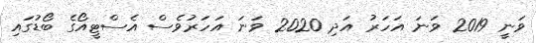
ވަނީ 2019 ވަނަ އަހަރު އަދި 2020 ވަނަ އަހަރުވެސް އެސްޓީއޯގެ ބޯޑުގައި